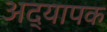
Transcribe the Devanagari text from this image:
अद्यापक